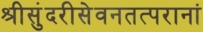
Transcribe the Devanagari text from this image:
श्रीसुंदरीसेवनतत्परानां